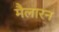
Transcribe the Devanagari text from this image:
मैलारन